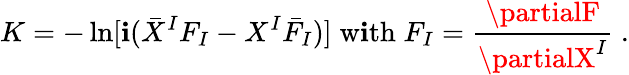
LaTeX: K=-\ln[\mathbf{i}(\bar{{X}}^{I}F_{I}-X^{I}{\bar{{F}}}_{I})]\; \mathrm{{w\mathbf{i}th}}\; F_{I}=\frac{{\partialF}}{{\partialX^{I}}}\ .